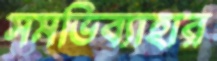
সমভিব্যাহার